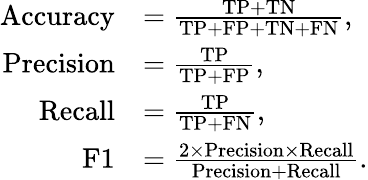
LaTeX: \begin{array}{rl}{\mathrm{Accuracy}}&{=\frac{\mathrm{TP}+\mathrm{TN}}{\mathrm{TP}+\mathrm{FP}+\mathrm{TN}+\mathrm{FN}},}\\ {\mathrm{Precision}}&{=\frac{\mathrm{TP}}{\mathrm{TP}+\mathrm{FP}},}\\ {\mathrm{Recall}}&{=\frac{\mathrm{TP}}{\mathrm{TP}+\mathrm{FN}},}\\ {\mathrm{F1}}&{=\frac{2\times\mathrm{Precision}\times\mathrm{Recall}}{\mathrm{Precision}+\mathrm{Recall}}.}\end{array}